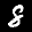
Label: 8